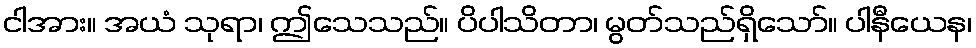
ငါအား။ အယံ သုရာ၊ ဤသေသည်။ ပိပါသိတာ၊ မွတ်သည်ရှိသော်။ ပါနီယေန၊